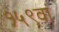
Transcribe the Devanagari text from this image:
१५९वां